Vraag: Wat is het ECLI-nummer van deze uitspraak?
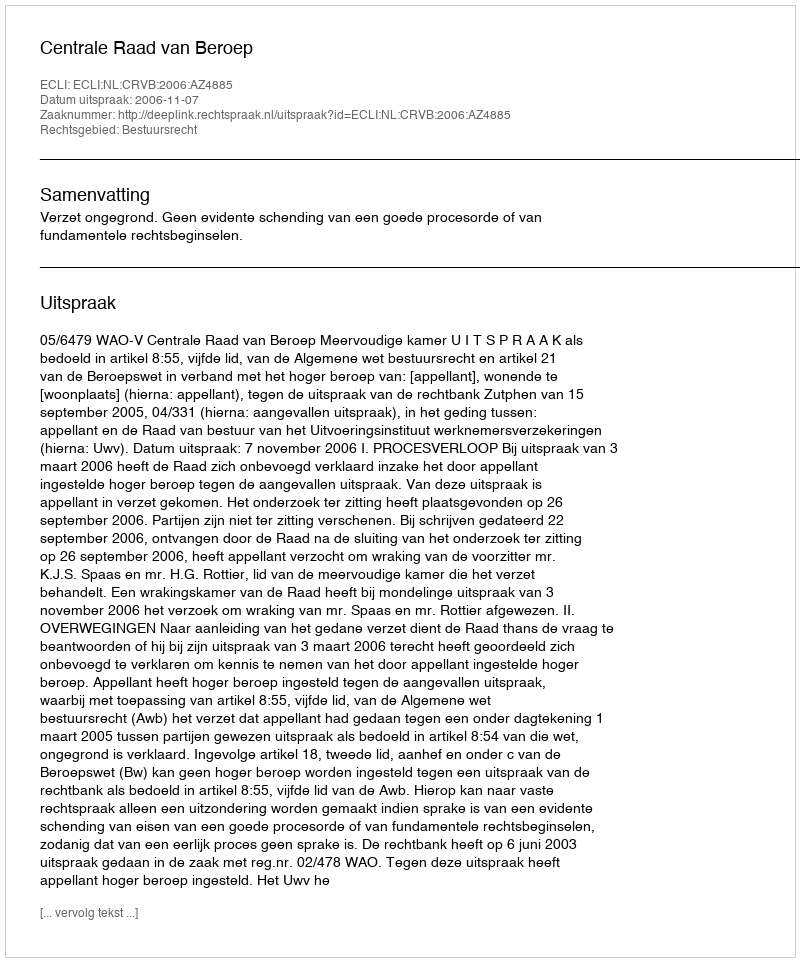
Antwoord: ECLI:NL:CRVB:2006:AZ4885